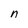
Character: n